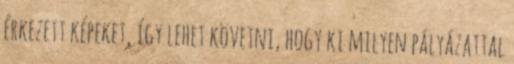
érkezett képeket, így lehet követni, hogy ki milyen pályázattal